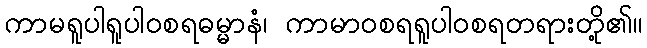
ကာမရူပါရူပါဝစရဓမ္မာနံ၊ ကာမာဝစရရူပါဝစရတရားတို့၏။